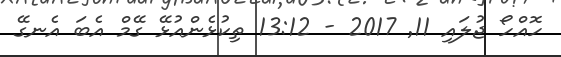
ހޮއްހޯ ޖުލައި 11